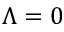
\Lambda = 0